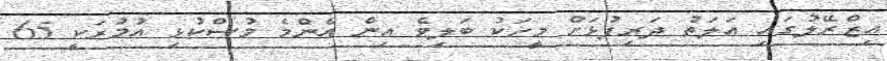
އިޒްރޭލުގައި އަލަތު ދަރިފުޅަށް މީހަކު ބަލިވެ އިން އެންމެ މުސްކުޅި އުމުރަކީ 65